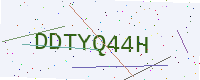
Text: DDTYQ44H